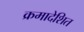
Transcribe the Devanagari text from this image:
क्रमादेशित